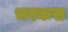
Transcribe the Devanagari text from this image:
भरकस